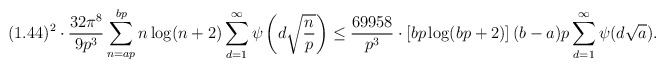
\begin{align*}(1.44)^{2} \cdot \frac{32 \pi^{8}}{9p^{3}} \sum_{n=ap}^{bp}n \log(n+2) \sum_{d=1}^{\infty} \psi\left(d \sqrt{\frac{n}{p}}\right)\leq \frac{69958}{p^{3}} \cdot \left[bp \log(bp+2)\right] (b-a)p \sum_{d=1}^{\infty} \psi(d \sqrt{a}).\end{align*}